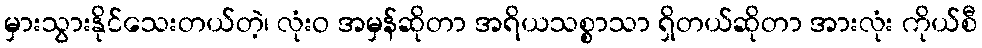
မှားသွားနိုင်သေးတယ်တဲ့၊ လုံးဝ အမှန်ဆိုတာ အရိယသစ္စာသာ ရှိတယ်ဆိုတာ အားလုံး ကိုယ်စီ